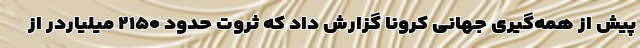
پیش از همه‌گیری جهانی کرونا گزارش داد که ثروت حدود ۲۱۵۰ میلیاردر از